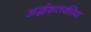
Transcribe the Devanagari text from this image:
अर्द्धशतकीय